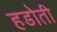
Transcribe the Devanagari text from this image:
हडोती